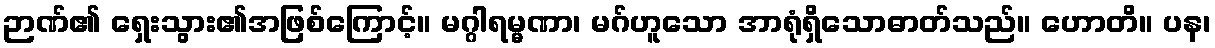
ဉာဏ်၏ ရှေးသွား၏အဖြစ်ကြောင့်။ မဂ္ဂါရမ္မဏာ၊ မဂ်ဟူသော အာရုံရှိသောဓာတ်သည်။ ဟောတိ။ ပန၊